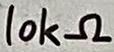
Text: 10kΩ